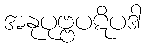
အနုပုဗ္ဗပဋိပဒါ